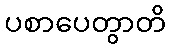
ပစာပေတွာတိ